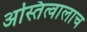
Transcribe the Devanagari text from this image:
अस्तित्वालाच